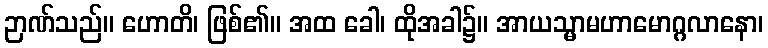
ဉာဏ်သည်။ ဟောတိ၊ ဖြစ်၏။ အထ ခေါ၊ ထိုအခါ၌။ အာယသ္မာမဟာမောဂ္ဂလာနော၊